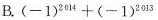
B. $$(-1)^{2014}+(-1)^{2013}$$